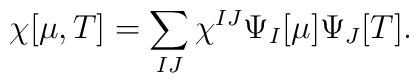
\chi[\mu,T] = \sum_{IJ} \chi^{IJ} \Psi_I[\mu]\Psi_J[T].